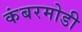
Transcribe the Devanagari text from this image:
कंबरमोडी